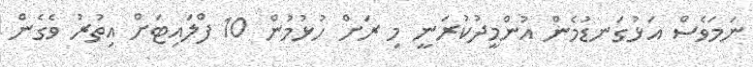
ނަމަވެސް އަޅުގަނޑުމެން އުންމީދުކުރަނީ މި ރަށް ހުޅުމުން 10 ފްލައިޓަށް އިތުރު ވެގެން